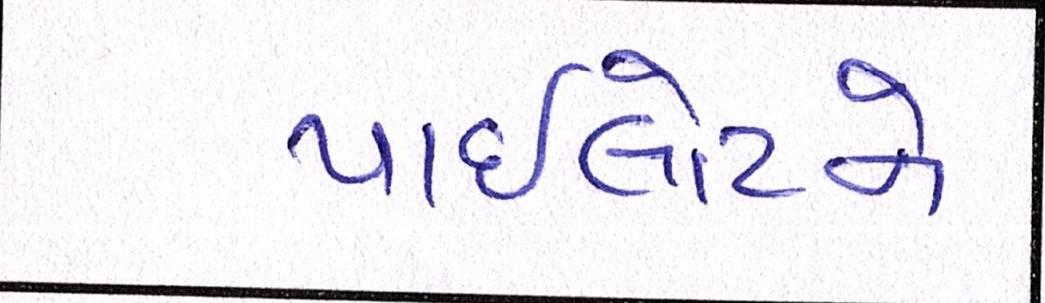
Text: પાઈલોટને